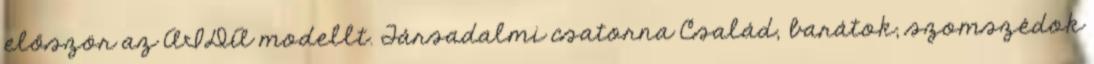
először az AIDA modellt. Társadalmi csatorna Család, barátok, szomszédok